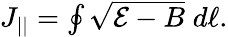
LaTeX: \begin{array}{r}{J_{||}=\oint\sqrt{\mathcal{E}-B}\; d\ell.}\end{array}